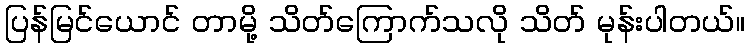
ပြန်မြင်ယောင် တာမို့ သိတ်ကြောက်သလို သိတ် မုန်းပါတယ်။